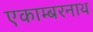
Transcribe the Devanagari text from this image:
एकाम्बरनाथ